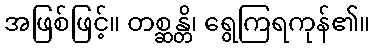
အဖြစ်ဖြင့်။ တစ္ဆန္တိ၊ ရွေကြရကုန်၏။